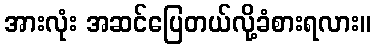
အားလုံး အဆင်ပြေတယ်လို့ခံစားရလား။